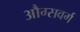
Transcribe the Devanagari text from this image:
औग्सवर्ग